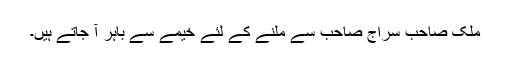
ملک صاحب سراج صاحب سے ملنے کے لئے خیمے سے باہر آ جاتے ہیں۔